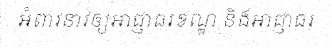
អំពាវនាវឲ្យអាជ្ញាធរខណ្ឌ និងអាជ្ញាធរ